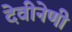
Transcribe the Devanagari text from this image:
देवीनेणी